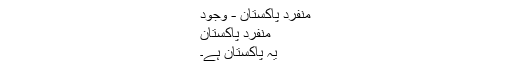
منفرد پاکستان - وجود
منفرد پاکستان
یہ پاکستان ہے۔